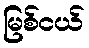
မြစ်ငယ်